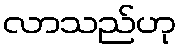
လာသည်ဟု